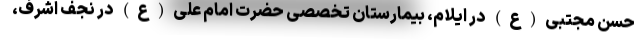
حسن مجتبی(ع) در ایلام، بیمارستان تخصصی حضرت امام علی(ع) در نجف اشرف،